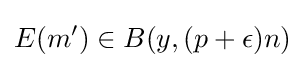
E(m')\in B(y,(p+\epsilon )n)